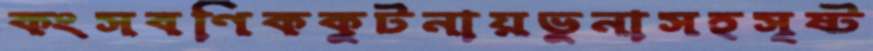
কংসবণিককুটনায়ভুনাসহসৃষ্ট